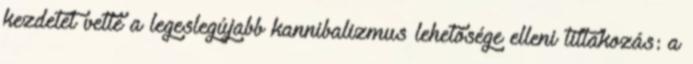
kezdetét vette a legeslegújabb kannibalizmus lehetősége elleni tiltakozás: a